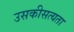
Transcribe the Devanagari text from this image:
उसकीसत्यता